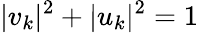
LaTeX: |v_{k}|^{2}+|u_{k}|^{2}=1